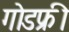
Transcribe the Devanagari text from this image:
गोडफ्री